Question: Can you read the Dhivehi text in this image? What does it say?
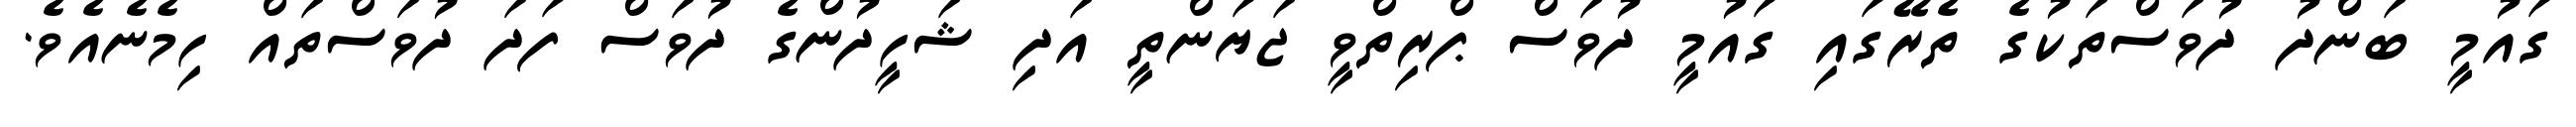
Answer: ގައުމީ ބަންދު ދުވަސްތަކުގެ ތެރޭގައި ގައުމީ ދުވަސް ޕްރިތްވީ ޖަޔަންތީ އަދި ޝަހީދުންގެ ދުވަސް ފަދަ ދުވަސްތައް ހިމެނެއެވެ.